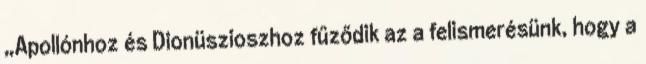
„Apollónhoz és Dionüszioszhoz fűződik az a felismerésünk, hogy a